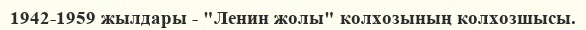
1942-1959 жылдары - "Ленин жолы" колхозының колхозшысы.